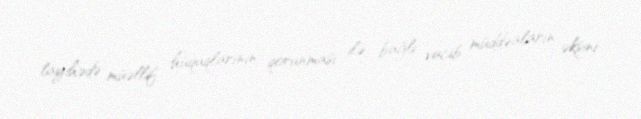
layihədə müəllif hüquqlarının qorunması ilə bağlı vacib müddəaların əksini